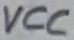
Text: VCC